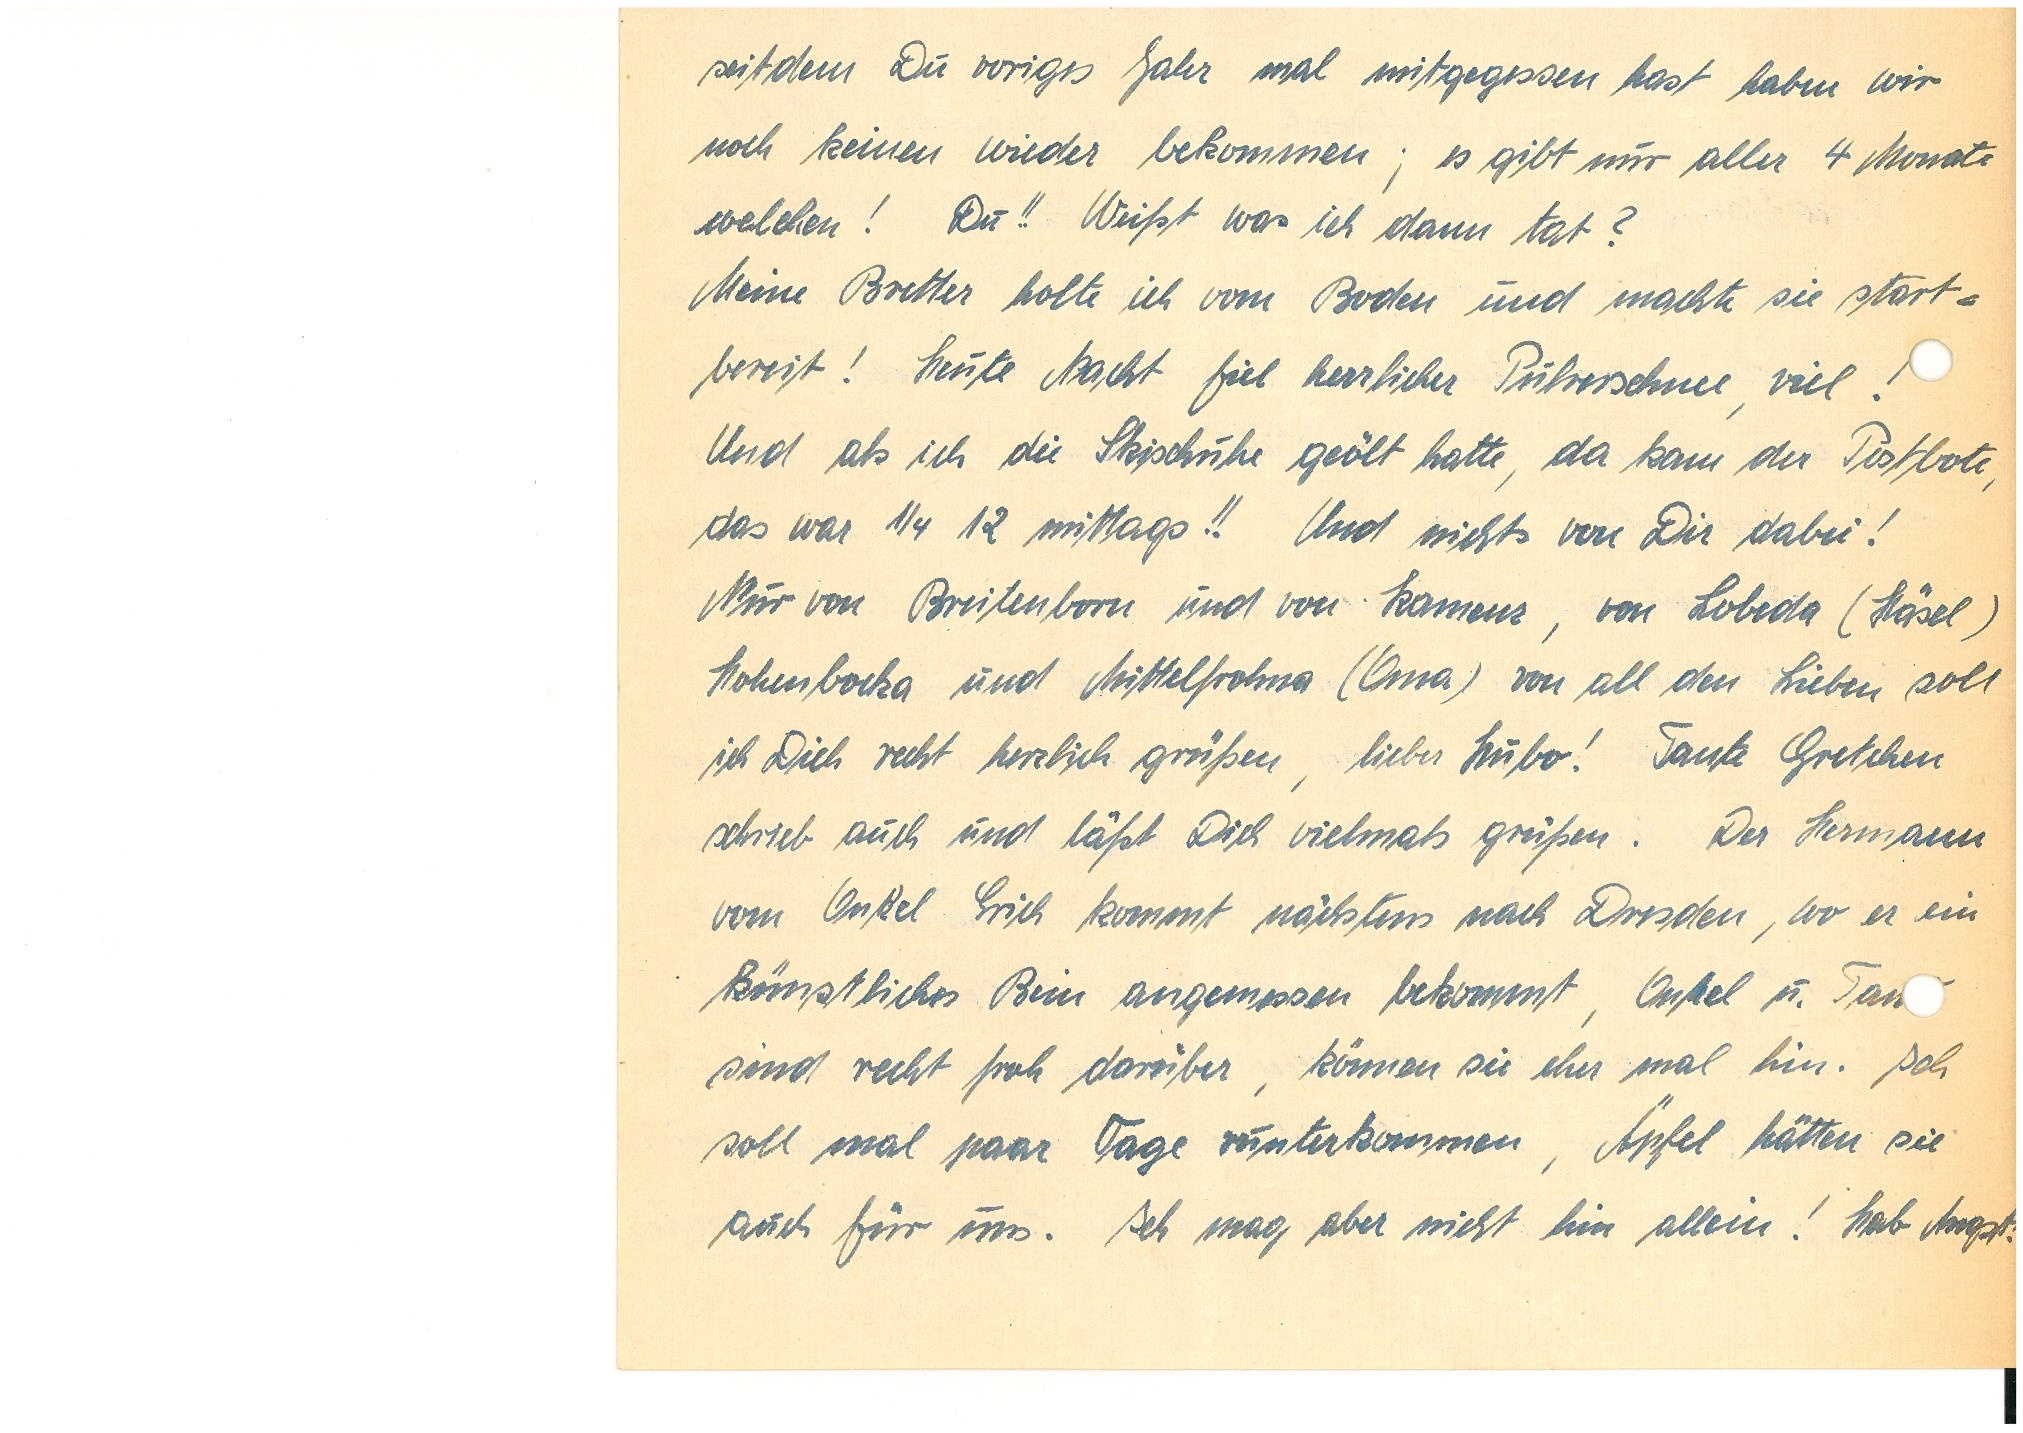
seitdem Du voriges Jahr mal mitgegessen hast haben wir
noch keinen wieder bekommen; es gibt nur aller 4 Monate
welchen! Du!! Weißt, was ich dann tat?
Meine Bretter holte ich vom Boden und machte sie start¬
bereit! Heute Nacht fiel herrlicher Pulverschnee, viel!
Und als ich die Skischuhe geölt hatte, da kam der Postbote,
das war ¼ 12 mittags!! Und nichts von Dir dabei!
Nur von B. und K., von L.,
H. und M. (Oma) von all den Lieben soll
ich Dich recht herzlich grüßen, lieber Hubo! Tante G.
schrieb auch und läßt Dich vielmals grüßen. Der Hermann
vom Onkel E. kommt nächstens nach Dresden, wo er ein
künstliches Bein angemessen bekommt, Onkel u. Tan
sind recht froh darüber, können sie eher mal hin. Ich
soll mal paar Tage runterkommen, Äpfel hätten sie
auch für uns. Ich mag aber nicht allein! Hab Angst